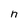
Character: n